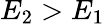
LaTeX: E_{2}>E_{1}